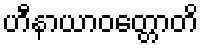
ဟီနာယာဝတ္တောတိ